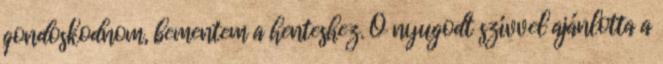
gondoskodnom, bementem a henteshez. Ő nyugodt szívvel ajánlotta a